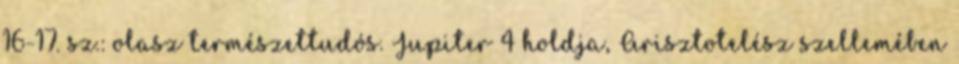
16-17. sz.: olasz természettudós. Jupiter 4 holdja, Arisztotelész szellemében